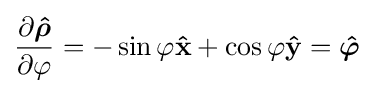
{\frac {\partial {\boldsymbol {\hat {\rho }}}}{\partial \varphi }}=-\sin \varphi \mathbf {\hat {x}} +\cos \varphi \mathbf {\hat {y}} ={\boldsymbol {\hat {\varphi }}}